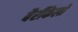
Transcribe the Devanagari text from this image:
बैर्रीकेलो